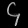
Digit: ၄